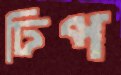
ঢিপ